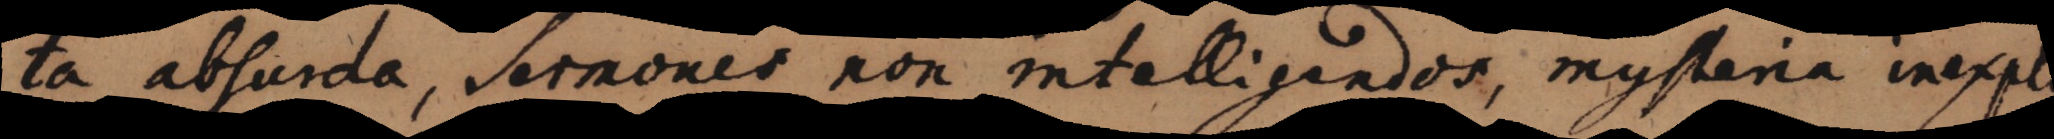
ta absurda, sermones non intelligendos, mysteria inexpl